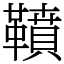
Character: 䩿